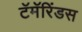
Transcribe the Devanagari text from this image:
टॅमॅरिंडस